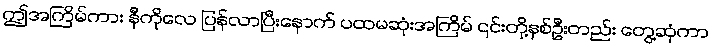
ဤအကြိမ်ကား နီကိုလေ ပြန်လာပြီးနောက် ပထမဆုံးအကြိမ် ၎င်းတို့နှစ်ဦးတည်း တွေ့ဆုံကာ